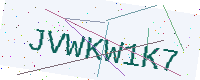
Text: JVWKW1K7